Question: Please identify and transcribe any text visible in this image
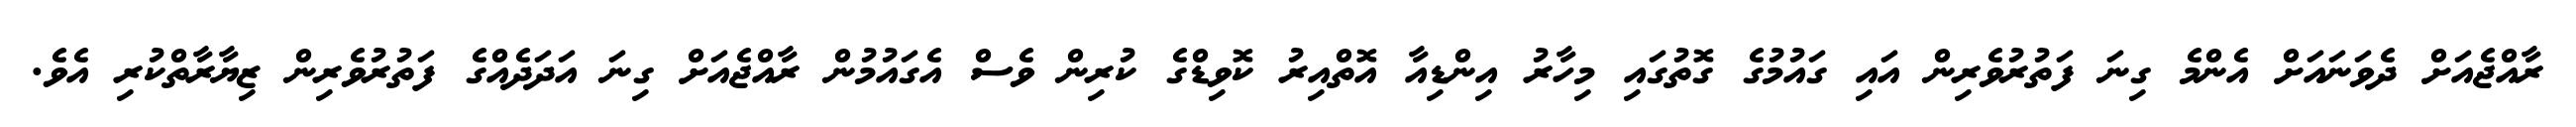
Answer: ރާއްޖެއަށް ދެވަނައަށް އެންމެ ގިނަ ފަތުރުވެރިން އައި ގައުމުގެ ގޮތުގައި މިހާރު އިންޑިއާ އޮތްއިރު ކޮވިޑްގެ ކުރިން ވެސް އެގައުމުން ރާއްޖެއަށް ގިނަ އަދަދެއްގެ ފަތުރުވެރިން ޒިޔާރާތްކުރި އެވެ.